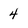
Character: 4